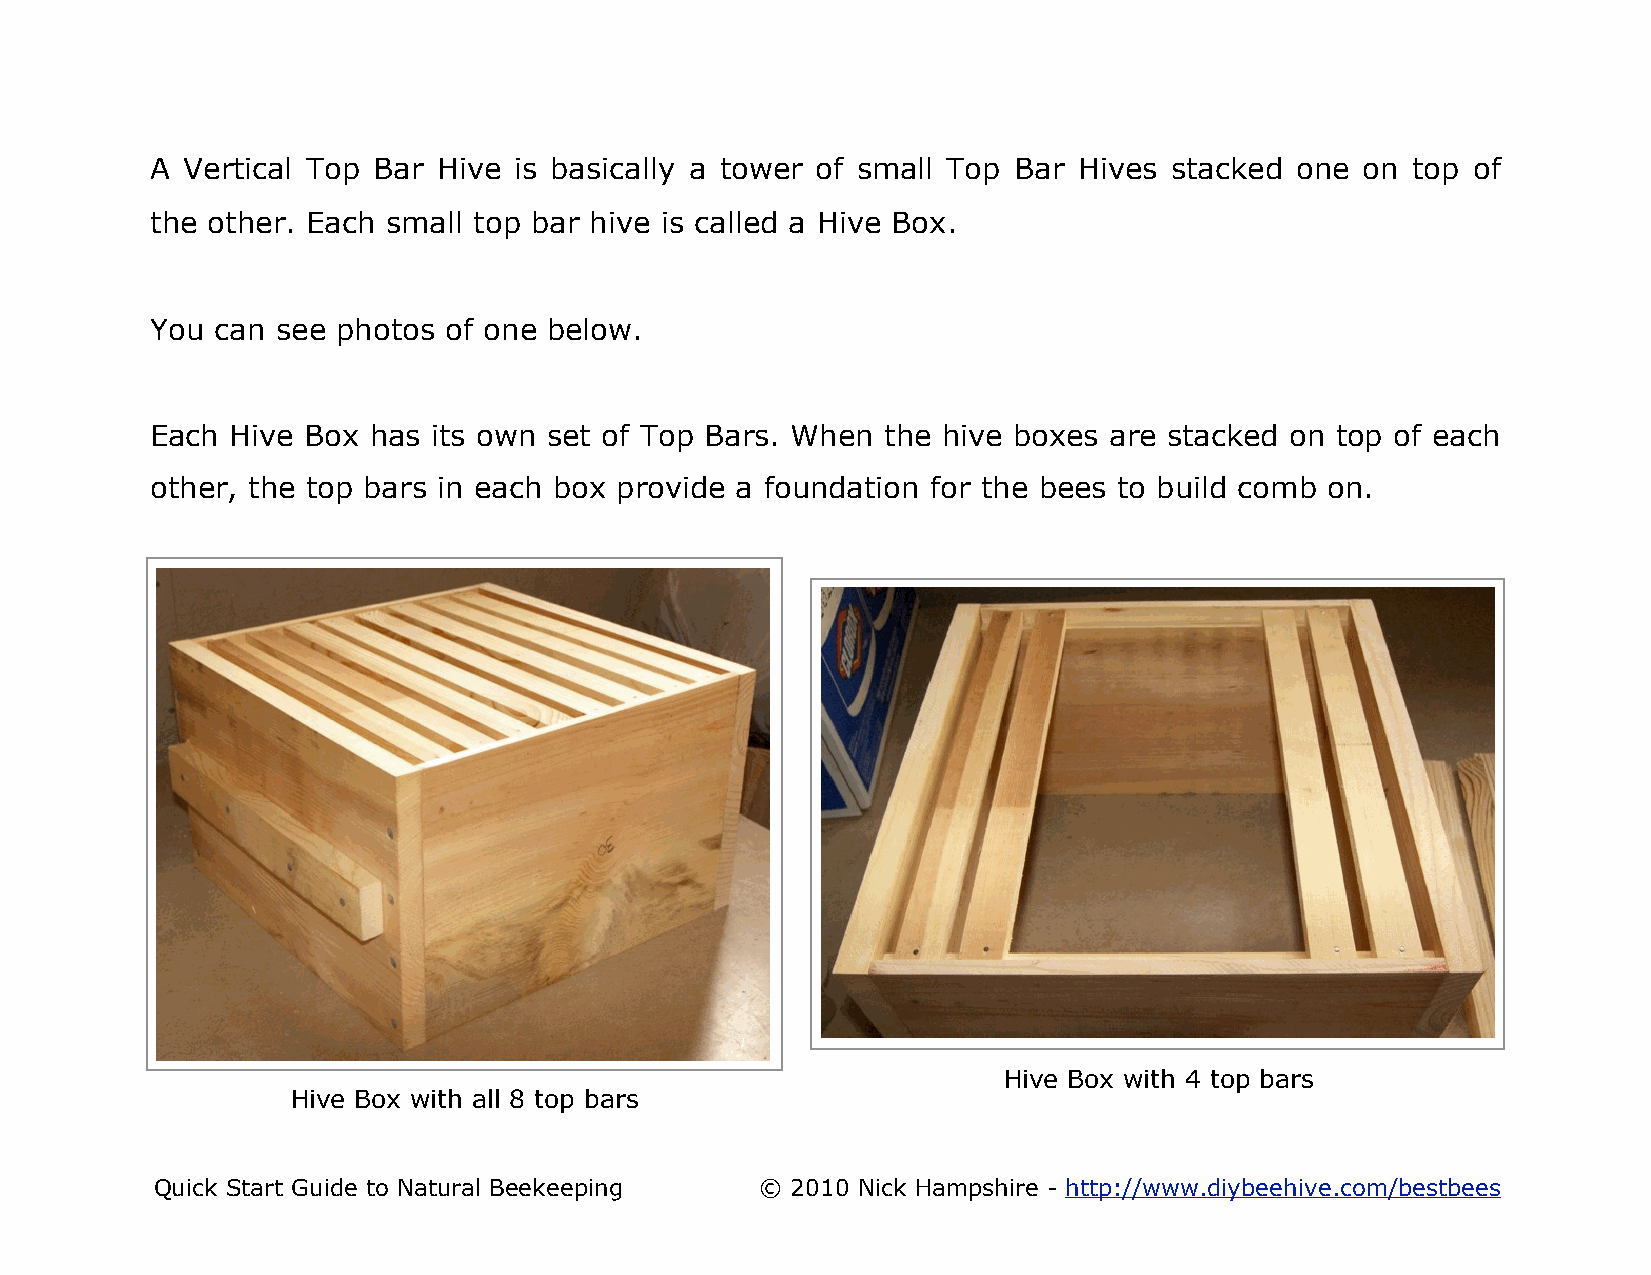
A Vertical Top Bar Hive is basically a tower of small Top Bar Hives stacked one on top of
 the other. Each small top bar hive is called a Hive Box.
 You can see photos of one below.
 Each Hive Box  has its own set of Top Bars. When the hive boxes are stacked on top of each
 other, the top bars in each box provide a foundation for the bees to build comb on.
 Hive Box with 4 top bars
 Hive Box with all 8 top bars
 Quick Start Guide to Natural Beekeeping © 2010 Nick Hampshire - http://www.diybeehive.com/bestbees